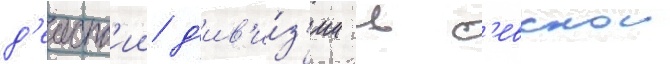
д'еиств'ии д'ив'и́з'ии в с'евскои